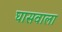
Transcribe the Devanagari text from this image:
घासवाला